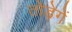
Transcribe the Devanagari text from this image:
तोड़ेगें